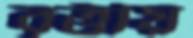
বৃত্তীয়